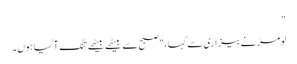
"
لومڑ نے بیزاری سے کہا، "صبح سے بیٹھے بیٹھے تنگ آ گیا ہوں۔